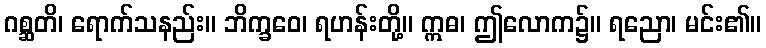
ဂစ္ဆတိ၊ ရောက်သနည်း။ ဘိက္ခဝေ၊ ရဟန်းတို့။ ဣဓ၊ ဤလောက၌။ ရညော၊ မင်း၏။